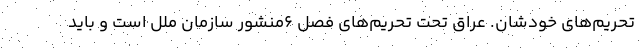
تحریم‌های خودشان. عراق تحت تحریم‌های فصل ۶منشور سازمان ملل است و باید